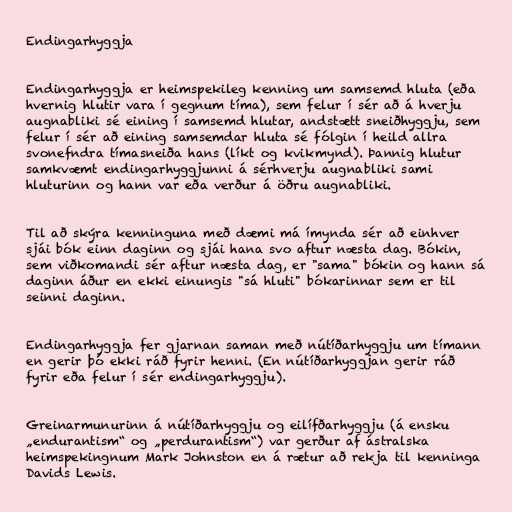
Endingarhyggja

Endingarhyggja er heimspekileg kenning um samsemd hluta (eða
hvernig hlutir vara í gegnum tíma), sem felur í sér að á hverju
augnabliki sé eining í samsemd hlutar, andstætt sneiðhyggju, sem
felur í sér að eining samsemdar hluta sé fólgin í heild allra
svonefndra tímasneiða hans (líkt og kvikmynd). Þannig hlutur
samkvæmt endingarhyggjunni á sérhverju augnabliki sami
hluturinn og hann var eða verður á öðru augnabliki.

Til að skýra kenninguna með dæmi má ímynda sér að einhver
sjái bók einn daginn og sjái hana svo aftur næsta dag. Bókin,
sem viðkomandi sér aftur næsta dag, er "sama" bókin og hann sá
daginn áður en ekki einungis "sá hluti" bókarinnar sem er til
seinni daginn.

Endingarhyggja fer gjarnan saman með nútíðarhyggju um tímann
en gerir þó ekki ráð fyrir henni. (En nútíðarhyggjan gerir ráð
fyrir eða felur í sér endingarhyggju).

Greinarmunurinn á nútíðarhyggju og eilífðarhyggju (á ensku
„endurantism“ og „perdurantism“) var gerður af ástralska
heimspekingnum Mark Johnston en á rætur að rekja til kenninga
Davids Lewis.